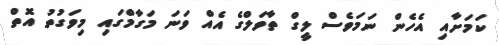
ކަމަށާއި އެހެން ނަމަވެސް ލީގް ތާވަލްގެ އެއް ވަނަ މަގާމްގައި މިވަގުތު އޮތް